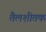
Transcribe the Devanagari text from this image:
तैलशीतक